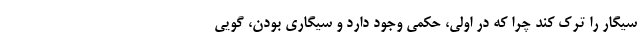
سیگار را ترک کند چرا که در اولی، حکمی وجود دارد و سیگاری بودن، گویی